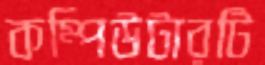
কম্পিউটারটি